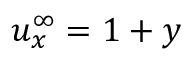
{ u } _ { x } ^ { \infty } = 1 + y